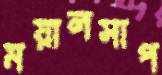
ময়ালসাপ